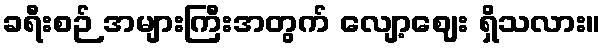
ခရီးစဉ် အများကြီးအတွက် လျော့ဈေး ရှိသလား။